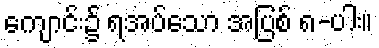
ကျောင်း၌ ရအပ်သော အပြစ် ၈-ပါး။